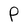
Character: P